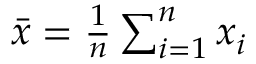
\textstyle { \bar { x } } = { \frac { 1 } { n } } \sum _ { i = 1 } ^ { n } x _ { i }